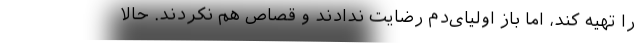
را تهیه کند، اما باز اولیای‌دم رضایت ندادند و قصاص هم نکردند. حالا